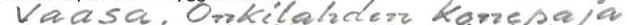
Vaasa, Onkilahden Konepaja